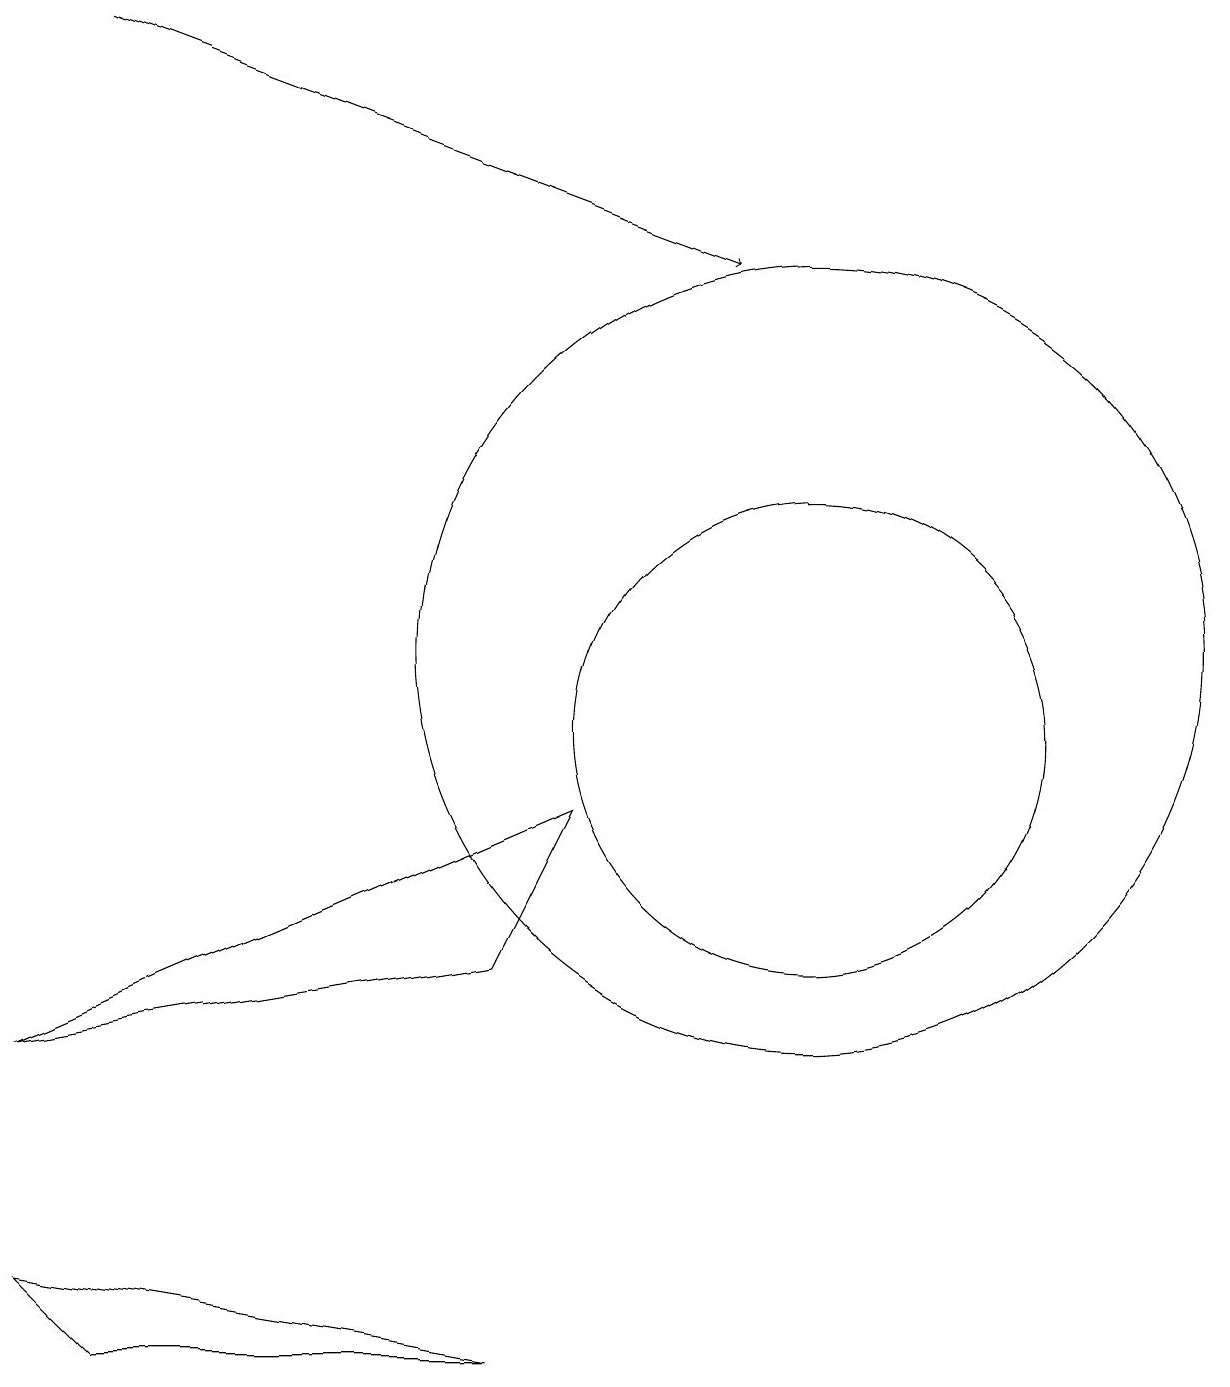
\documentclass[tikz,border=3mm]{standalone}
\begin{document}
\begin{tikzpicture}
\draw (6,7) -- (7,9) -- (0,6) -- cycle;
\draw (10,10) circle (3);
\draw (10,11) circle (5);
\draw[->] (1,19) -- (9,16);
\draw (0,3) -- (1,2) -- (6,2) -- cycle;
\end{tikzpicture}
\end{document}